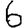
Digit: 6